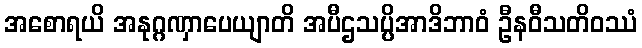
အစောရယိ အနုဂ္ဂဏှာပေယျာတိ အပီဌသပ္ပိအာဒိဘာဝံ ဦနဝီသတိဝဿံ